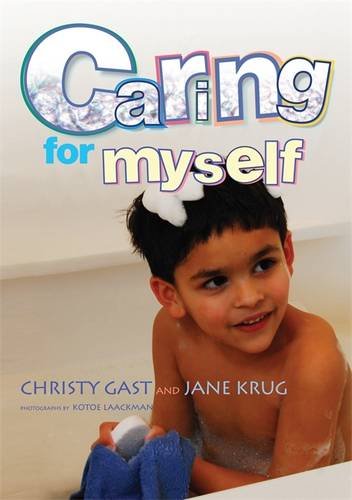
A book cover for Caring for Myself: A Social Skills Storybook; Christy Gast; Health, Fitness & Dieting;